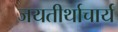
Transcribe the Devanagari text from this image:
जयतीर्थाचार्य